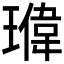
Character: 𬎉